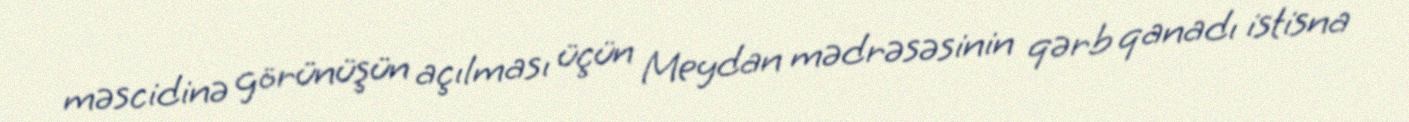
məscidinə görünüşün açılması üçün Meydan mədrəsəsinin qərb qanadı istisna